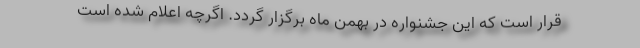
قرار است که این جشنواره در بهمن ماه برگزار گردد. اگرچه اعلام شده است